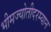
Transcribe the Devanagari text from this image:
भीमज्योतीदरम्यान